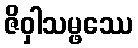
ဇိဝှါသမ္ဖဿေ